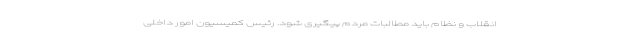
انقلاب و نظام باید مطالبات مردم پیگیری شود. رئیس کمیسیون امور داخلی